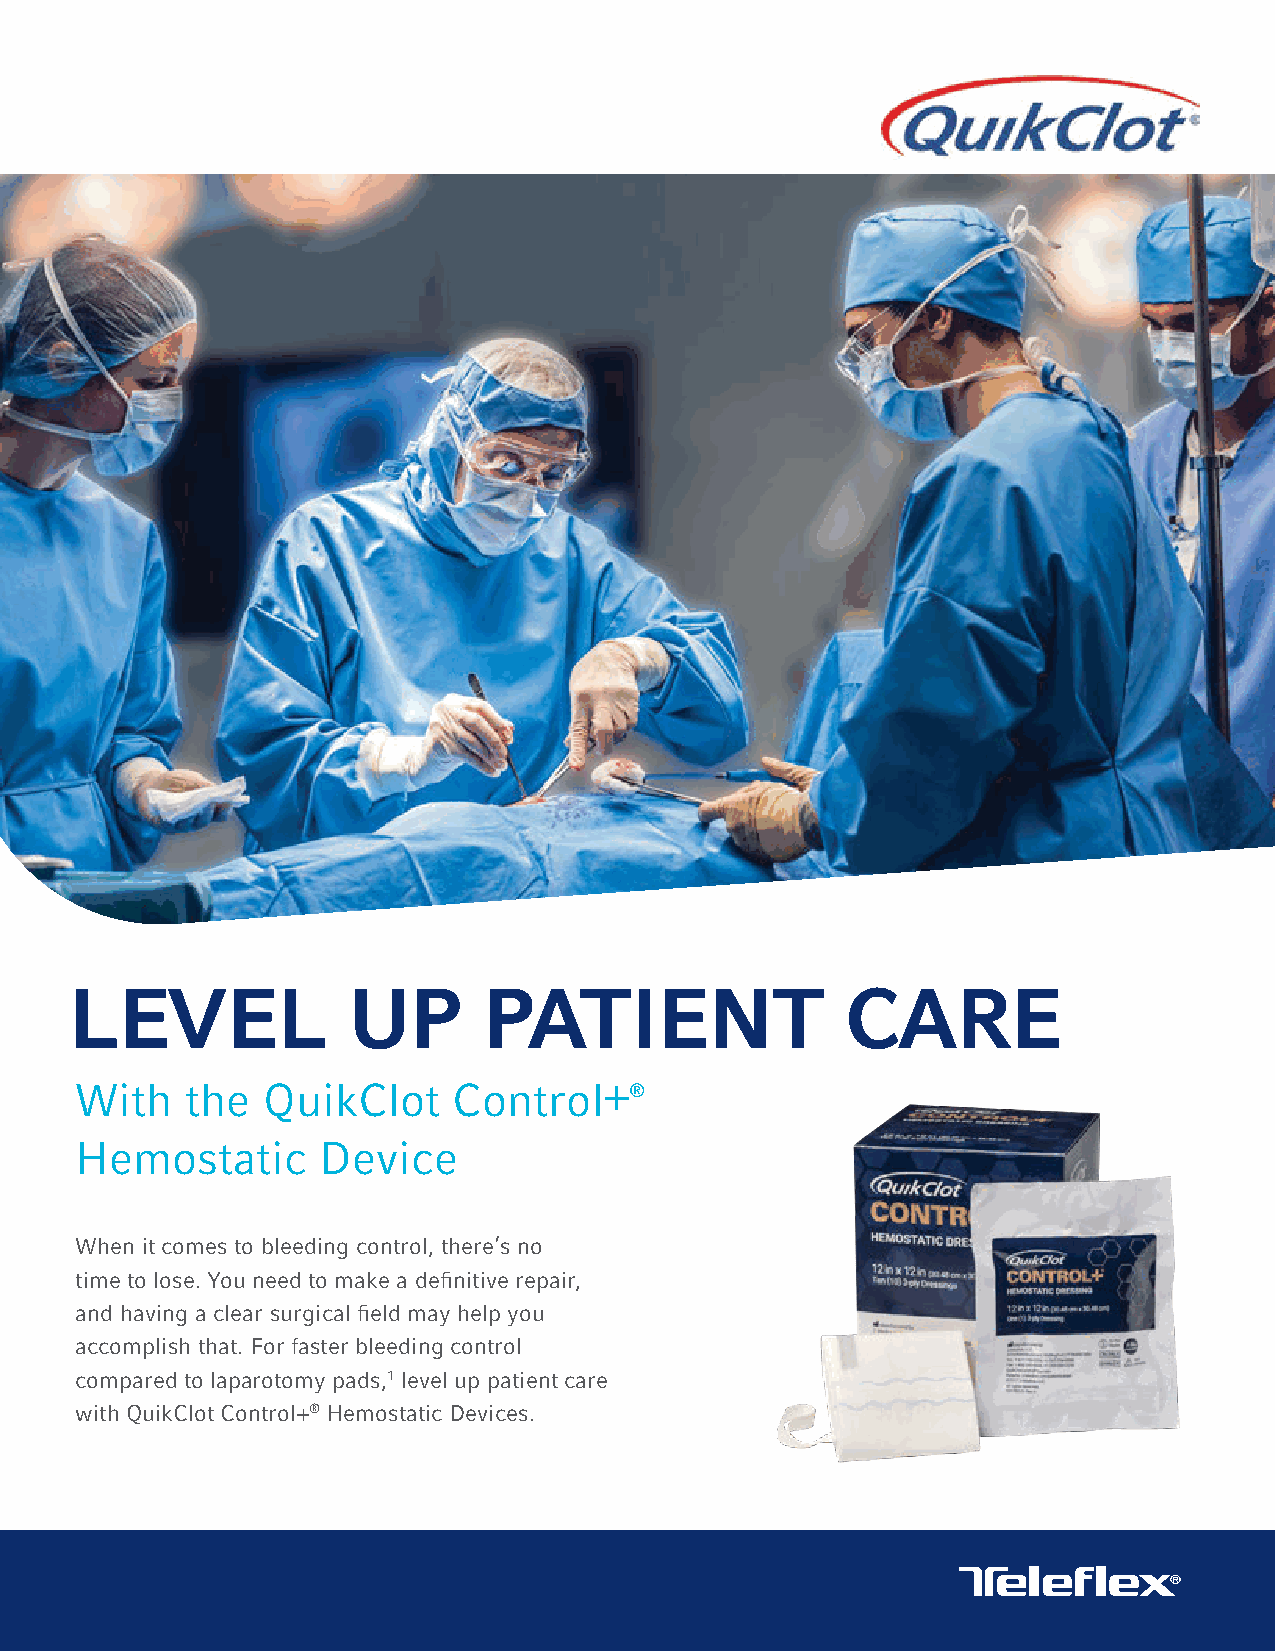
WHAT YOU NEED, WHEN YOU NEED IT
 LLEEVVEELL        UUPP     PPAATTIIEENNTT          CCAARREE
 QuikClot.com/Trauma With the QuikClot Control+®
 866-246-6990
 Hemostatic      Device
 When it comes to bleeding control, there’s no
 time to lose. You need to make a definitive repair,
 and having a clear surgical field may help you
 accomplish that. For faster bleeding control
 compared to laparotomy pads,1 level up patient care
 with QuikClot Control+® Hemostatic Devices.